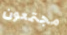
مجتمعون